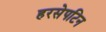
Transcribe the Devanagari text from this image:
हरसेपटिन